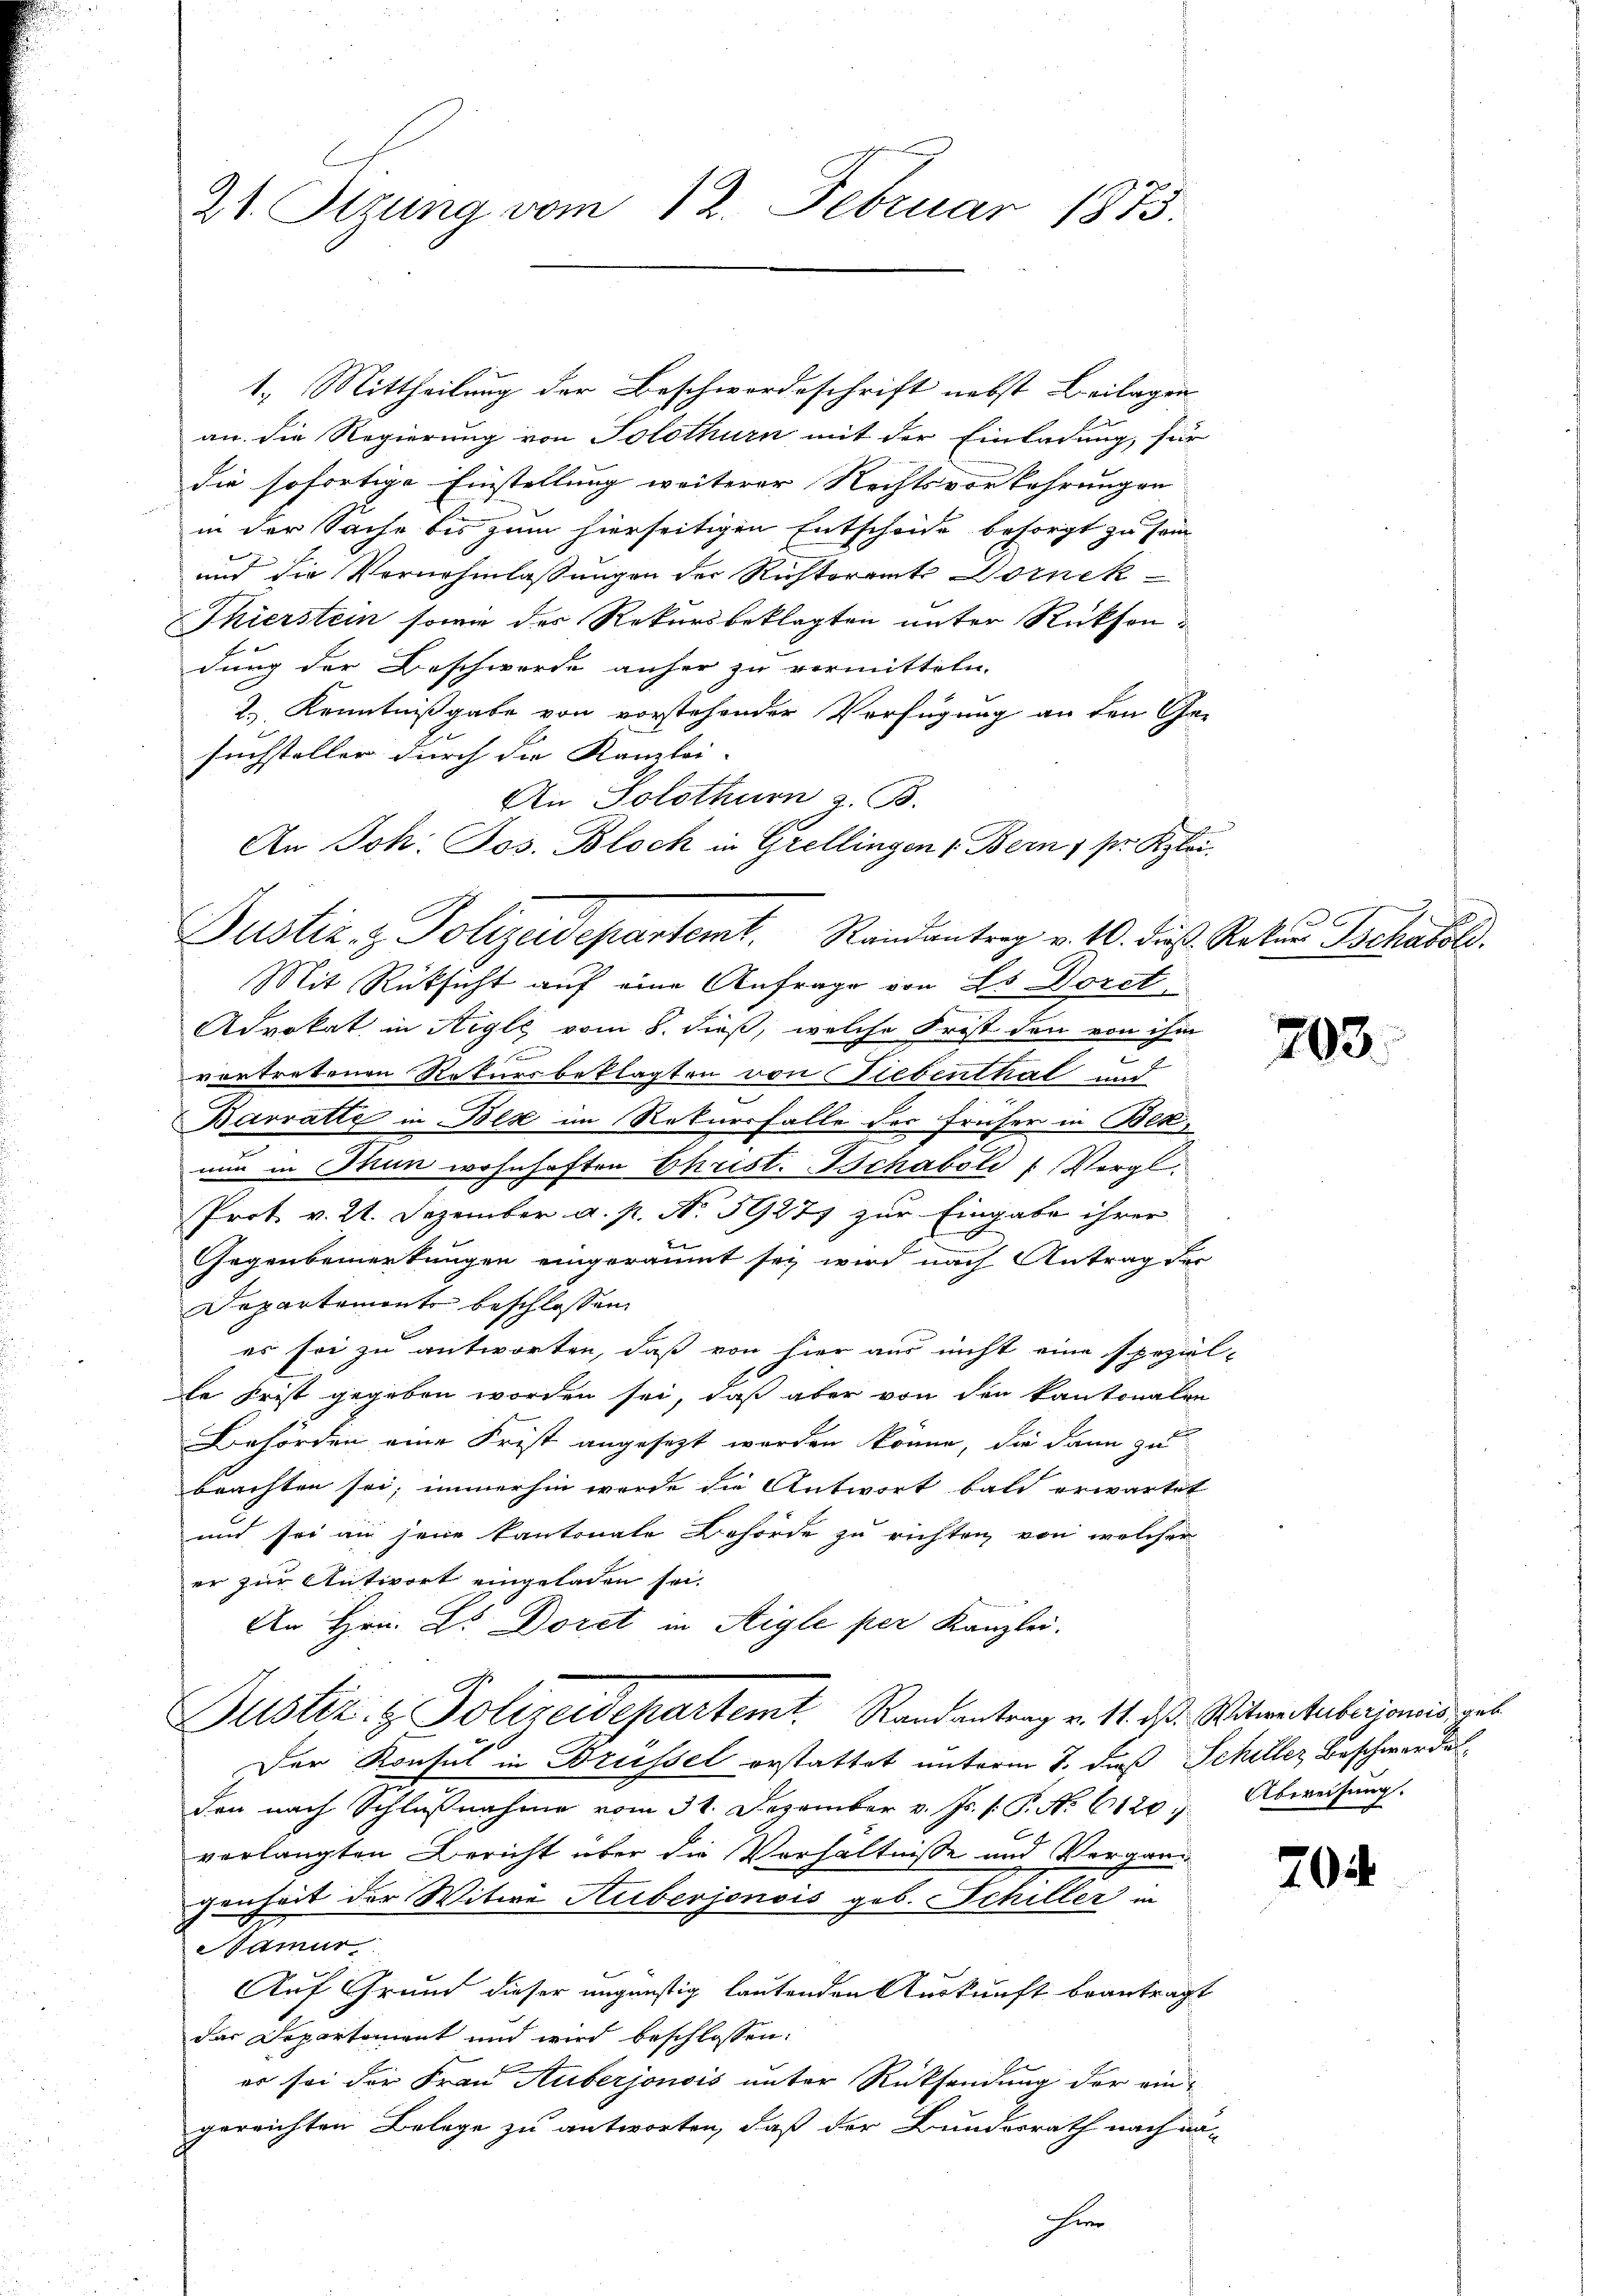
1.) Mittheilung der Beschwordeschrift nebst Beilagen
an die Regierung von Solothurn mit der Einladung, für
die sofortige Einstellung weiterer Rechtsvorkehrungen |
in der Sache bis zum hierseitigen Entscheide besorgt zu sein
und die Vornehmlassungen der Richteramt Dornek
Thierstein sowie des Rekursbeklagten unter Rücksendung der Beschwerde anher zu vormitteln.
2.) Kenntnißgabe von vorstehender Verfügung an den Ge-
suchsteller durch die Kanzlei- |
An Solothurn z. B.
An Joh. Jos. Bloch in Grellingen „Bern; pr. Kgloi
Mit Rücksicht auf eine Anfrage von Ls Doret
Advokat in Aigle vom 8. dieß, welche Frist den von ihm
d
vortretenen Rekursbeklagten von Fiebenthal und
Barratte in Bex im Rekursfalle des früher in Besnun in Thun wohnhaften Christ. Tschaboli (Vergl.
Prot v. 21. Dezember a. p. N. 5927 zur Eingabe ihrer
Gegenbemerkungen eingeräumt sei wird nach Antrag der
Departements beschlossen:
es sei zu antworten, daß von hier aus nicht eine spezäl-
le Frist gegeben worden sei, daß aber von den kantonalen
Behörden eine Frist angesezt werden könne, die dann zu
beachten sei; immerhin werde die Antwort bald erwartet
und sei an jene kantonale Behörde zu richten von welcher
er zur Antwort eingeladen sei.
An Hrn. L. Doret in Aigle per Kanzlei.
Justiz- & Polizeidepartemt. Randantrag v. 14. d. d. Witwenstuberionis geb
Der Konsul in Brüssel erstattet unterm 7. daß Schiller Beschwerdes
den nach Schlŭβnahme vom 31. Dezember v. Js. s. P. N. 6120) Abweisŭng
verlangten Bericht über die Verhältnisse und Vergangenheit der Witwe Ruberjonois geb. Schiller in
amur
Auf Grund dieser ungünstig lautenden Auskunft beantragt
das Departement und wird beschlossen:
er sei der Frau Auberjonsis unter Rücksendung der ein-
gereichten Belege zu antworten, daß der Bundesrath nach nä-
Hier

21 Tizung vom 12. Februar 1875.

Justiz- & Polizeidepartemt. Randantrag v. 10. die Reten Tschakol

203.

704